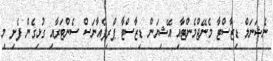
ނެޝަނަލް ޑިޒާސްޓާ މެނޭޖްމެންޓާއި އޭޝިޔަން ޑިޒާސްޓާ ޕްރިޕެއާނަސް ސެންޓަރާއި ގުޅިގެން ފެށި މި